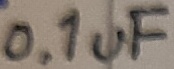
Text: 0.1uF